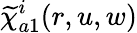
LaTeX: \widetilde{\chi}_{a1}^{i}(r,u,w)